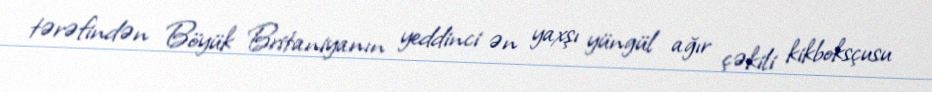
tərəfindən Böyük Britaniyanın yeddinci ən yaxşı yüngül ağır çəkili kikboksçusu